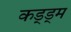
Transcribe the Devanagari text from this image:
कड्ड्म